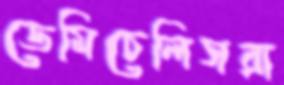
ডেমিচেলিসরা